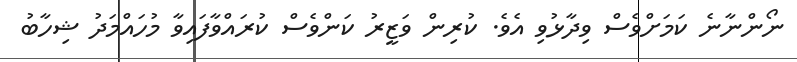
ނޯންނާނެ ކަމަށްވެސް ވިދާޅުވި އެެވެ. ކުރިން ވަޒީރު ކަންވެސް ކުރައްވާފައިވާ މުހައްމަދު ޝިހާބު